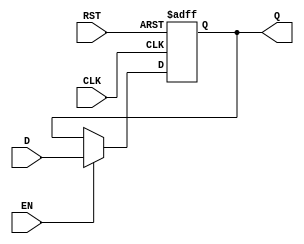
module ForwardingRegister (
    input wire [31:0] D,      // Current Data Input
    input wire EN,            // Forward Enable Signal
    input wire CLK,           // Clock Signal
    input wire RST,           // Reset Signal
    output reg [31:0] Q       // Forwarded Data Output
);

// Asynchronous reset and synchronous data capture
always @(posedge CLK or posedge RST) begin
    if (RST) begin
        Q <= 32'b0;           // Clear output to zero on reset
    end else if (EN) begin
        Q <= D;               // Capture input data on clock edge if enabled
    end
    // If EN is low, Q retains its previous value
end

endmodule